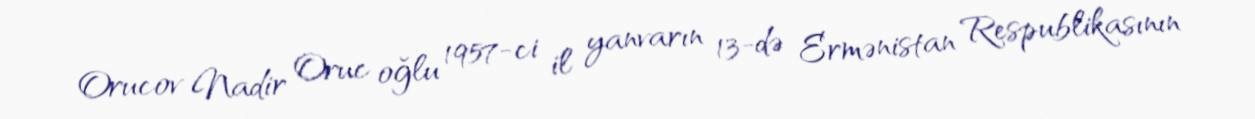
Orucov Nadir Oruc oğlu 1957-ci il yanvarın 13-də Ermənistan Respublikasının